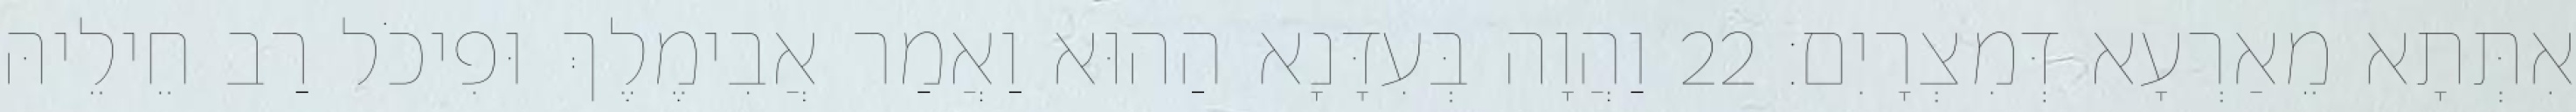
אִתְּתָא מֵאַרְעָא דְּמִצְרָיִם׃ 22 וַהֲוָה בְּעִדָּנָא הַהוּא וַאֲמַר אֲבִימֶלֶךְ וּפִיכֹל רַב חֵילֵיהּ